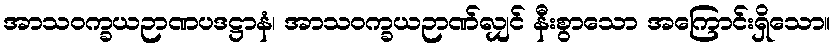
အာသဝက္ခယဉာဏပဒဋ္ဌာနံ၊ အာသဝက္ခယဉာဏ်လျှင် နီးစွာသော အကြောင်းရှိသော။